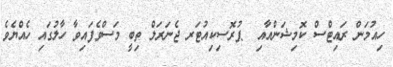
ހިއުމަން ރައިޓްސް ކޮމިޝަންއާއި  ޕުރޮސިކިއުޓަރ ޖެނަރަލް ތިބީ މަސްވެފައިވާ ހާލުގައި ހެއްޔެވެ